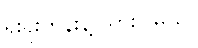
ရိုးရိုးတန်းနဲ့ သွားပါမယ်။